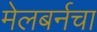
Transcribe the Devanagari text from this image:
मेलबर्नचा